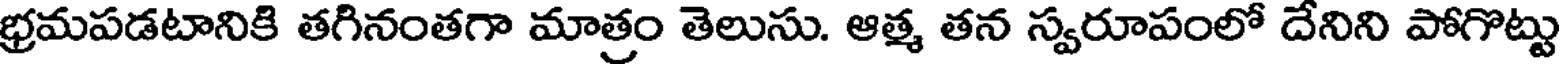
భ్రమపడటానికి తగినంతగా మాత్రం తెలుసు. ఆత్మ తన స్వరూపంలో దేనిని పోగొట్టు